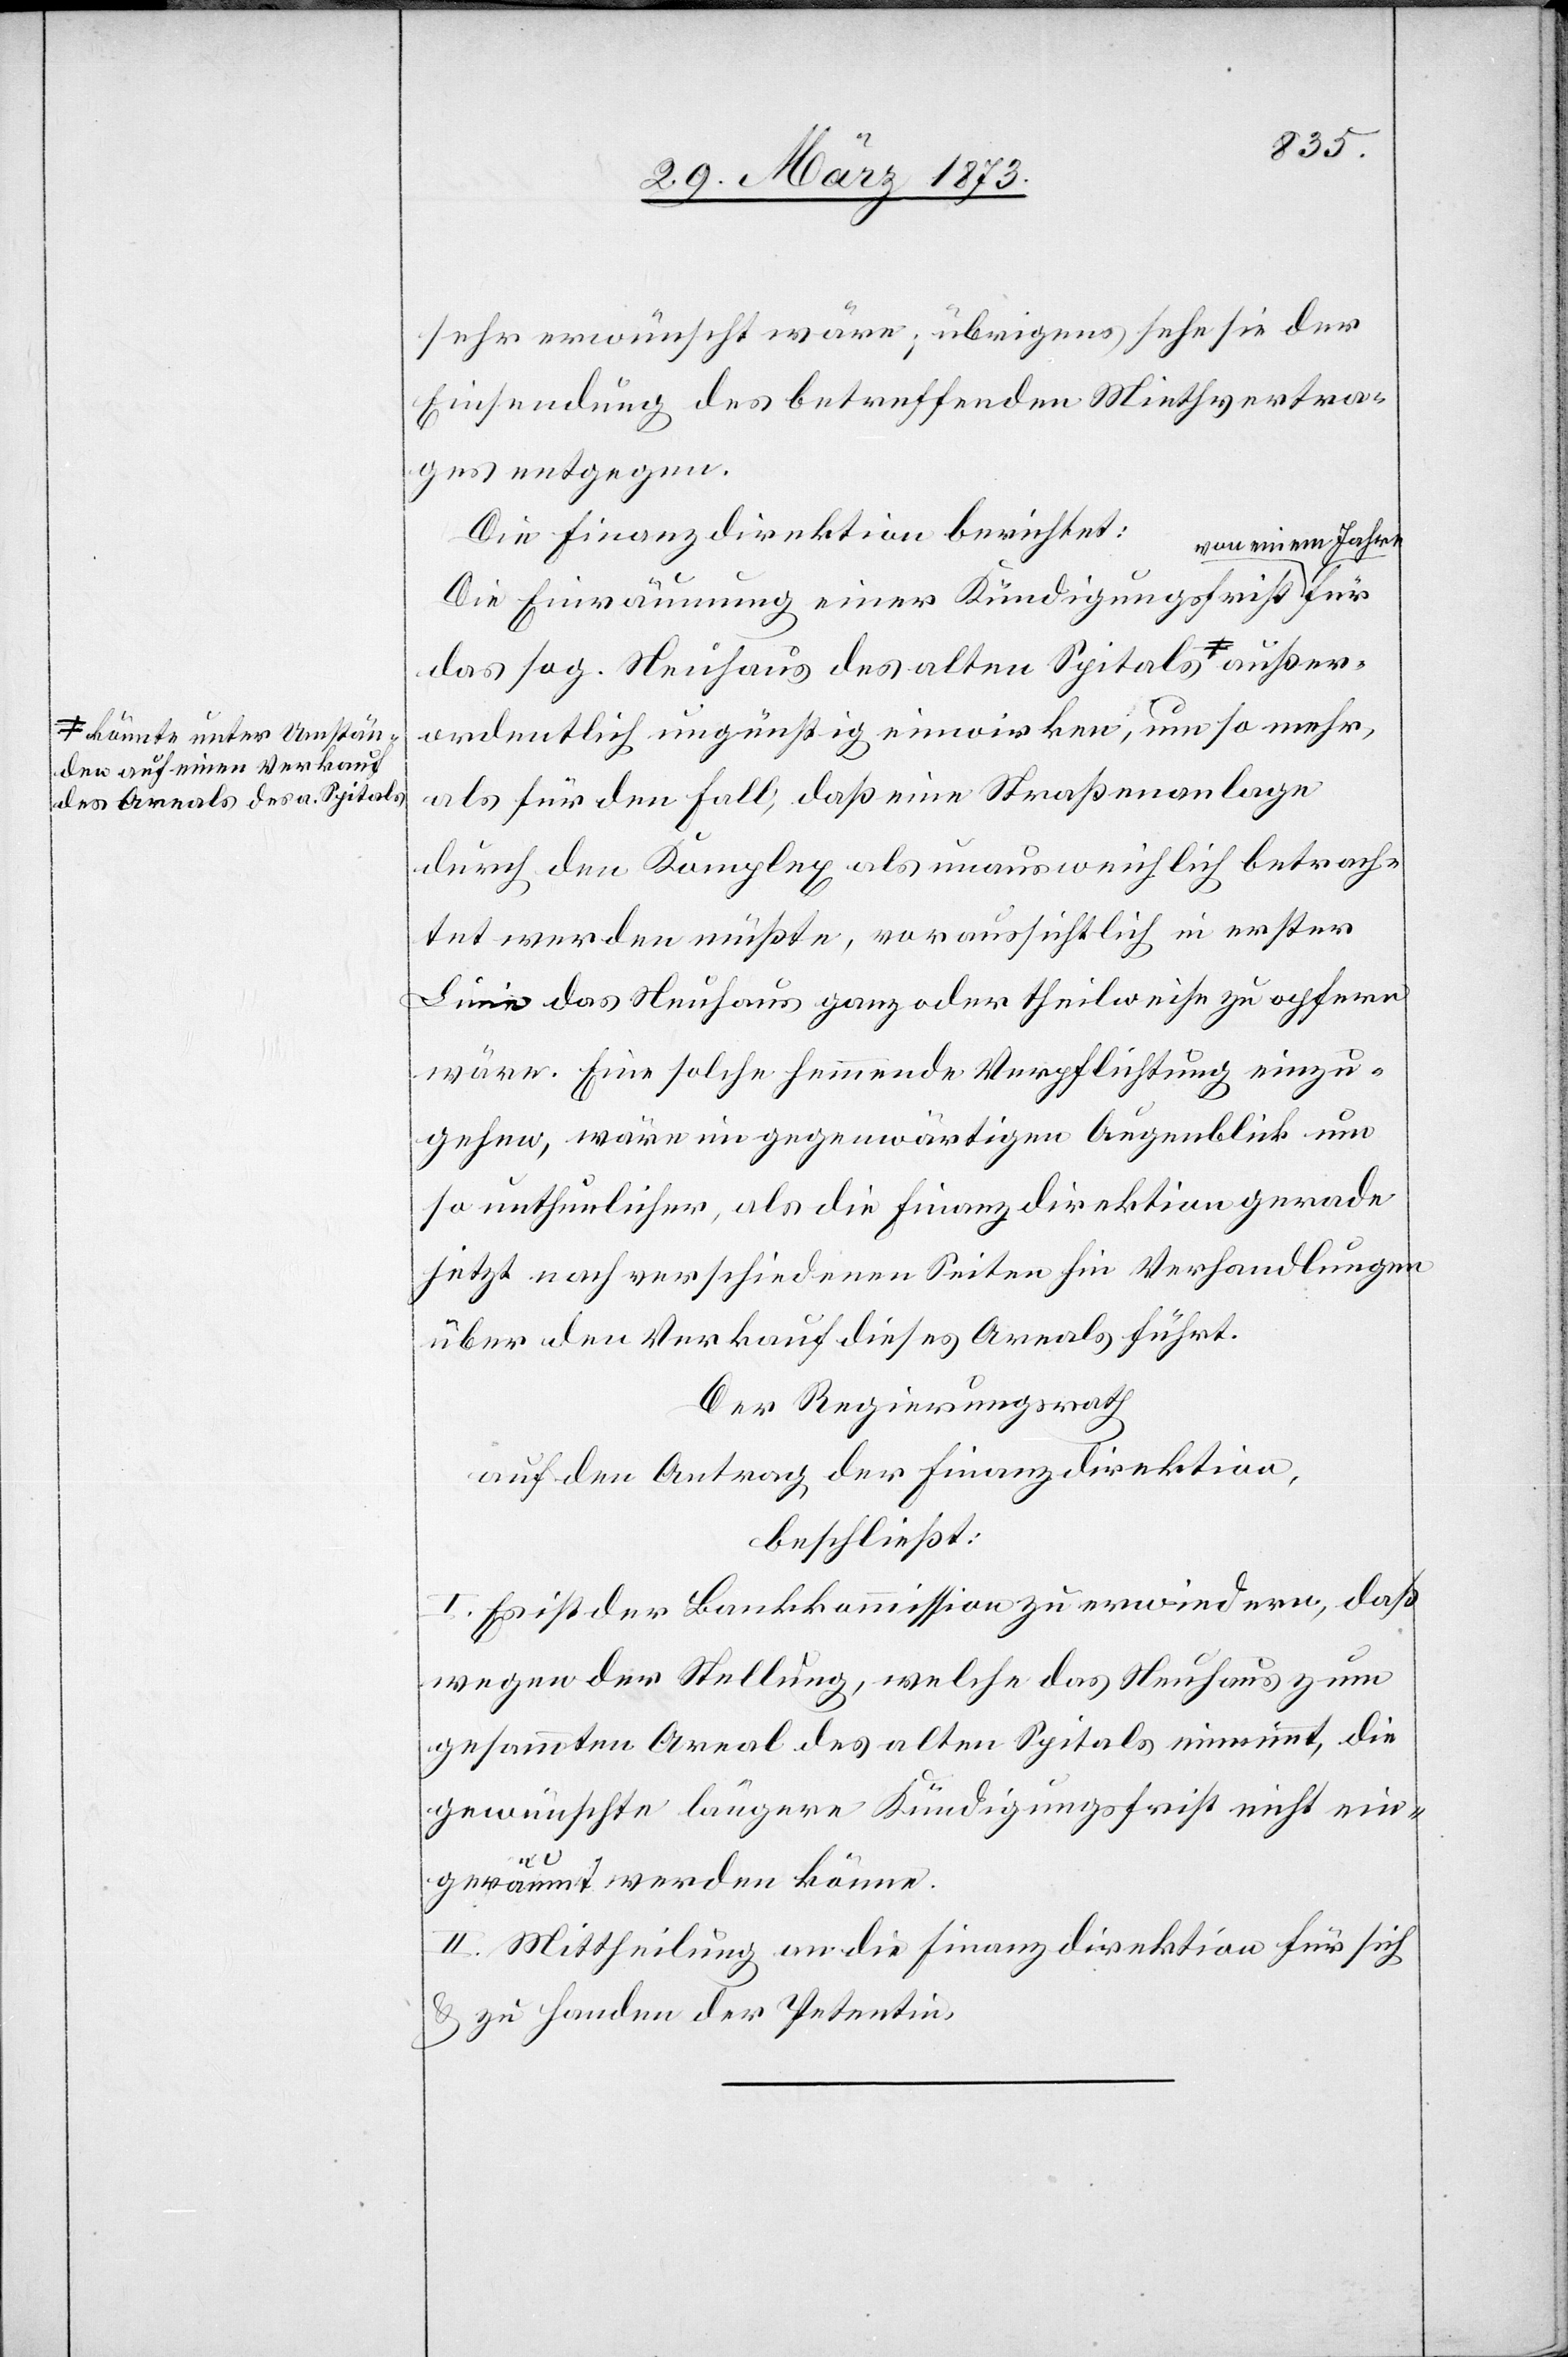
önnte unter Umstän¬
den auf einen Verkauf
des Areals des a. Spital¬

sehr erwünscht wäre; übrigens sehe sie der
Einsendung des betreffenden Mietvertra¬
ges entgegen.
Die Finanzdirektion berichtet:
von einem Jahre
Die Einräumung einer Kündigungsfrist
das sog. Neuhaus des alten Spitals a-k¬
ordentlich ungünstig einwirken, umso mehr,
als für den Fall, daß eine Straßenanlage
durch den Komplex als unausweichlich betrach¬
tet werden müßte, voraussichtlich in erster
Linie das Neuhaus ganz oder theilweise zu opfern
wäre. Eine solche hemmende Verpflichtung einzu¬
gehen, wäre im gegenwärtigen Augenblick um
so unthunlicher, als die Finanzdirektion gerade
jetzt nach verschiedenen Seiten hin Verhandlungen
über den Verkauf dieses Areals führt.
Der Regierungsrath
auf den Antrag der Finanzdirektion,
beschließt:
I. Es ist der Bankkommission zu erwiedern, daß
wegen der Stellung, welche das Neuhaus zum
gesammten Areal des alten Spitals einnimmt, die
gewünschte längere Kündigungsfrist nicht ein¬
geräumt werden könne.
II. Mittheilung an die Finanzdirektion für sich
u. zu Handen der Petentin.
außer¬